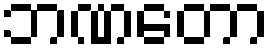
ဘဏတော